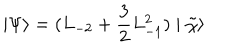
LaTeX: \mid \Psi \rangle = ( L _ { - 2 } + \frac { 3 } { 2 } L _ { - 1 } ^ { 2 } ) \mid \tilde { \chi } \rangle